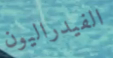
الفيدراليون